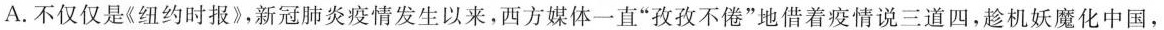
A.不仅仅是《纽约时报》，新冠肺炎疫情发生以来，西方媒体一直”孜孜不倦”地借着疫情说三道四，趁机妖魔化中国，